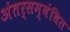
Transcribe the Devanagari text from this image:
अंतर्सम्बंधित